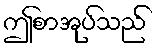
ဤစာအုပ်သည်